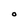
Character: O